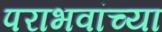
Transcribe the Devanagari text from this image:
पराभवांच्या